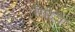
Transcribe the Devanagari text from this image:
रँगरेज